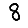
Digit: 8